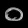
Digit: ၀